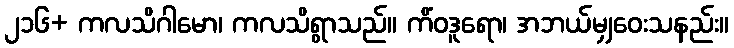
၂၁၆+ ကလသိဂါမော၊ ကလသိရွာသည်။ ကိံဝဒူရော၊ အဘယ်မျှဝေးသနည်း။